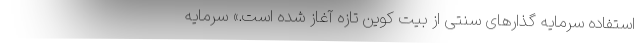
استفاده سرمایه گذارهای سنتی از بیت کوین تازه آغاز شده است.» سرمایه